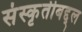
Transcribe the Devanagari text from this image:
संस्कृतीबद्द्ल